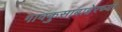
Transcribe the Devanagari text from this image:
गावकुसाबाहेरच्या